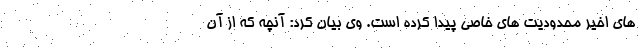
های اخیر محدودیت های خاصی پیدا کرده است. وی بیان کرد: آنچه که از آن